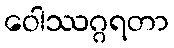
ဝေါဿဂ္ဂရတာ